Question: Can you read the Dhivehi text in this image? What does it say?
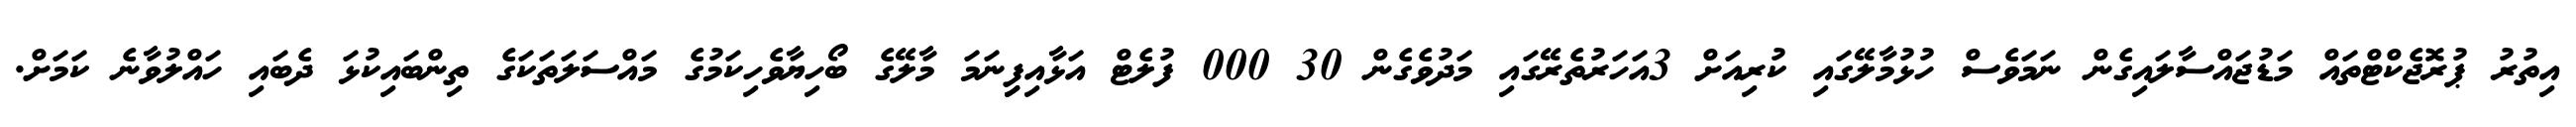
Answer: އިތުރު ޕުރޮޖެކްޓްތައް މަޑުޖައްސާލައިގެން ނަމަވެސް ހުޅުމާލޭގައި ކުރިއަށް 3އަހަރުތެރޭގައި މަދުވެގެން 30 000 ފުލެޓް އަޅާއިފިިނަމަ މާލޭގެ ބޯހިޔާވެހިކަމުގެ މައްސަލަތަކަގެ ތިންބައިކުޅަ ދެބައި ހައްލުވާނެ ކަމަށް.